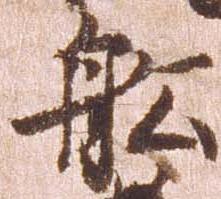
船